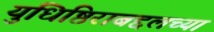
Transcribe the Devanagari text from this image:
युधिष्ठिराबद्दलच्या